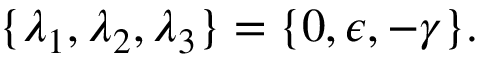
\{ \lambda _ { 1 } , \lambda _ { 2 } , \lambda _ { 3 } \} = \{ 0 , \epsilon , - \gamma \} .